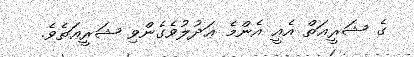
ގެ ޝަރީޢަތް އެއީ އެންމެ ޢަދުލުވެގެންވި ޝަރީޢަތެވެ.